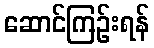
ဆောင်ကြဉ်းရန်